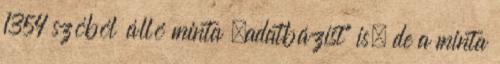
1354 szóból álló minta „adatbázist” is, de a minta